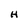
Character: H